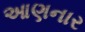
આણનાર